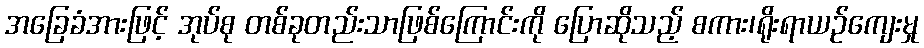
အခြေခံအားဖြင့် အုပ်စု တစ်ခုတည်းသာဖြစ်ကြောင်းကို ပြောဆိုသည့် စကား၊ရိုးရာယဉ်ကျေးမှု